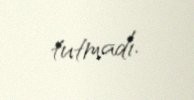
tutmadı.